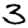
Digit: 3